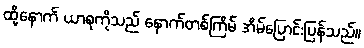
ထို့နောက် ယာစုကိုသည် နောက်တစ်ကြိမ် အိမ်ပြောင်းပြန်သည်။